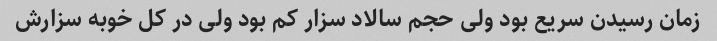
زمان رسیدن سریع بود ولی حجم سالاد سزار کم بود ولی در کل خوبه سزارش